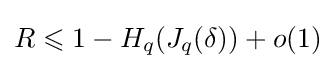
R\leqslant 1-H_{q}(J_{q}(\delta ))+o(1)